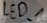
Text: LED_1